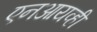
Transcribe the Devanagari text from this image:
एनआयव्ही